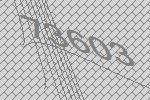
73603